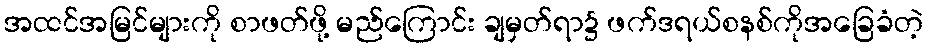
အထင်အမြင်များကို စာဖတ်ဖို့ မည်ကြောင်း ချမှတ်ရာ၌ ဖက်ဒရယ်စနစ်ကိုအခြေခံတဲ့